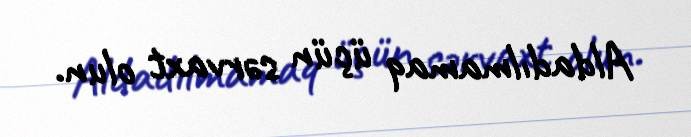
Aldadılmamaq üçün sərvaxt olun.